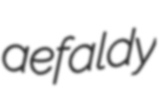
aefaldy